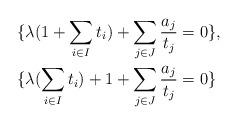
LaTeX: \begin{align*}&\{\lambda(1+\sum_{i\in I}t_i)+\sum_{j\in J}\dfrac{a_j}{t_j}=0\},\\&\{\lambda(\sum_{i\in I}t_i)+1+\sum_{j\in J}\dfrac{a_j}{t_j}=0\}\end{align*}